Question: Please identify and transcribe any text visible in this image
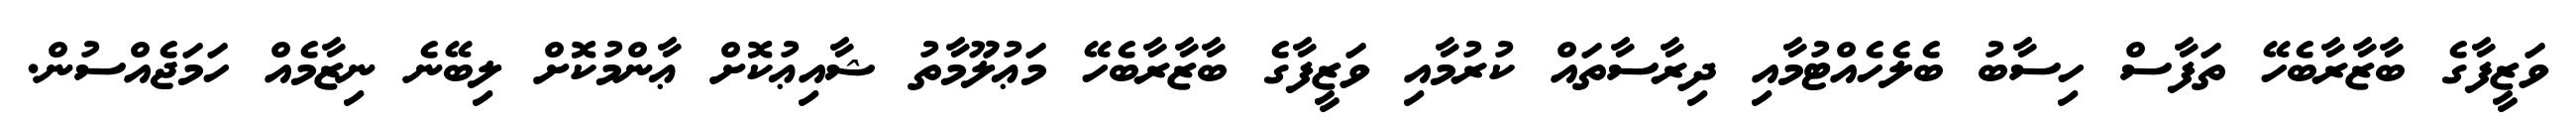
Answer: ވަޒީފާގެ ބާޒާރާބެހޭ ތަފާސް ހިސާބު ބެލެހެއްޓުމާއި ދިރާސާތައް ކުރުމާއި ވަޒީފާގެ ބާޒާރާބެހޭ މަޢުލޫމާތު ޝާއިޢުކޮށް ޢާންމުކޮށް ލިބޭނެ ނިޒާމެއް ހަމަޖެއްސުން.